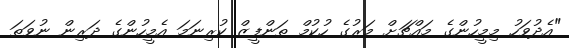
"އެދުވަހު މިމީހުންގެ މައްޗަށް މަރުގެ ހުކުމް ތަންފީޒް ކުރިނަމަ އެމީހުންގެ ދަރިން ނުވަތަ